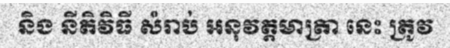
និង នីតិវិធី សំរាប់ អនុវត្តមាត្រា នេះ ត្រូវ